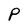
Character: P